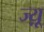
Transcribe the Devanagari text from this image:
ज्य़ू